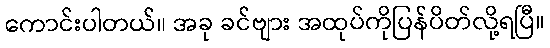
ကောင်းပါတယ်။ အခု ခင်ဗျား အထုပ်ကိုပြန်ပိတ်လို့ရပြီ။